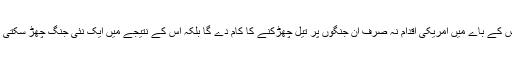
القدس کے باے میں امریکی اقدام نہ صرف ان جنگوں پر تیل چھڑکنے کا کام دے گا بلکہ اس کے نتیجے میں ایک نئی جنگ چھڑ سکتی ہے۔